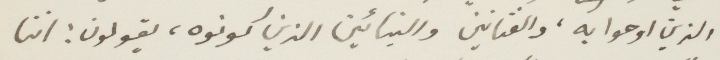
الذين اوحوا به، والفنانين والبنائين الذين كونوه، يقولون: اننا